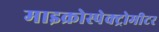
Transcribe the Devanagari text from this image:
माइक्रोस्पेक्ट्रोमीटर